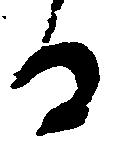
る